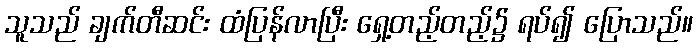
သူသည် ချက်တီဆင်း ထံပြန်လာပြီး ရှေ့တည့်တည့်၌ ရပ်၍ ပြောသည်။